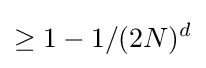
\geq 1-1/(2N)^{d}